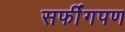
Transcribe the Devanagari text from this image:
सर्फींगपण